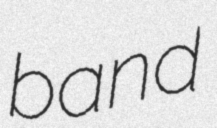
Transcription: band